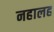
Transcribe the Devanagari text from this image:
नहालह